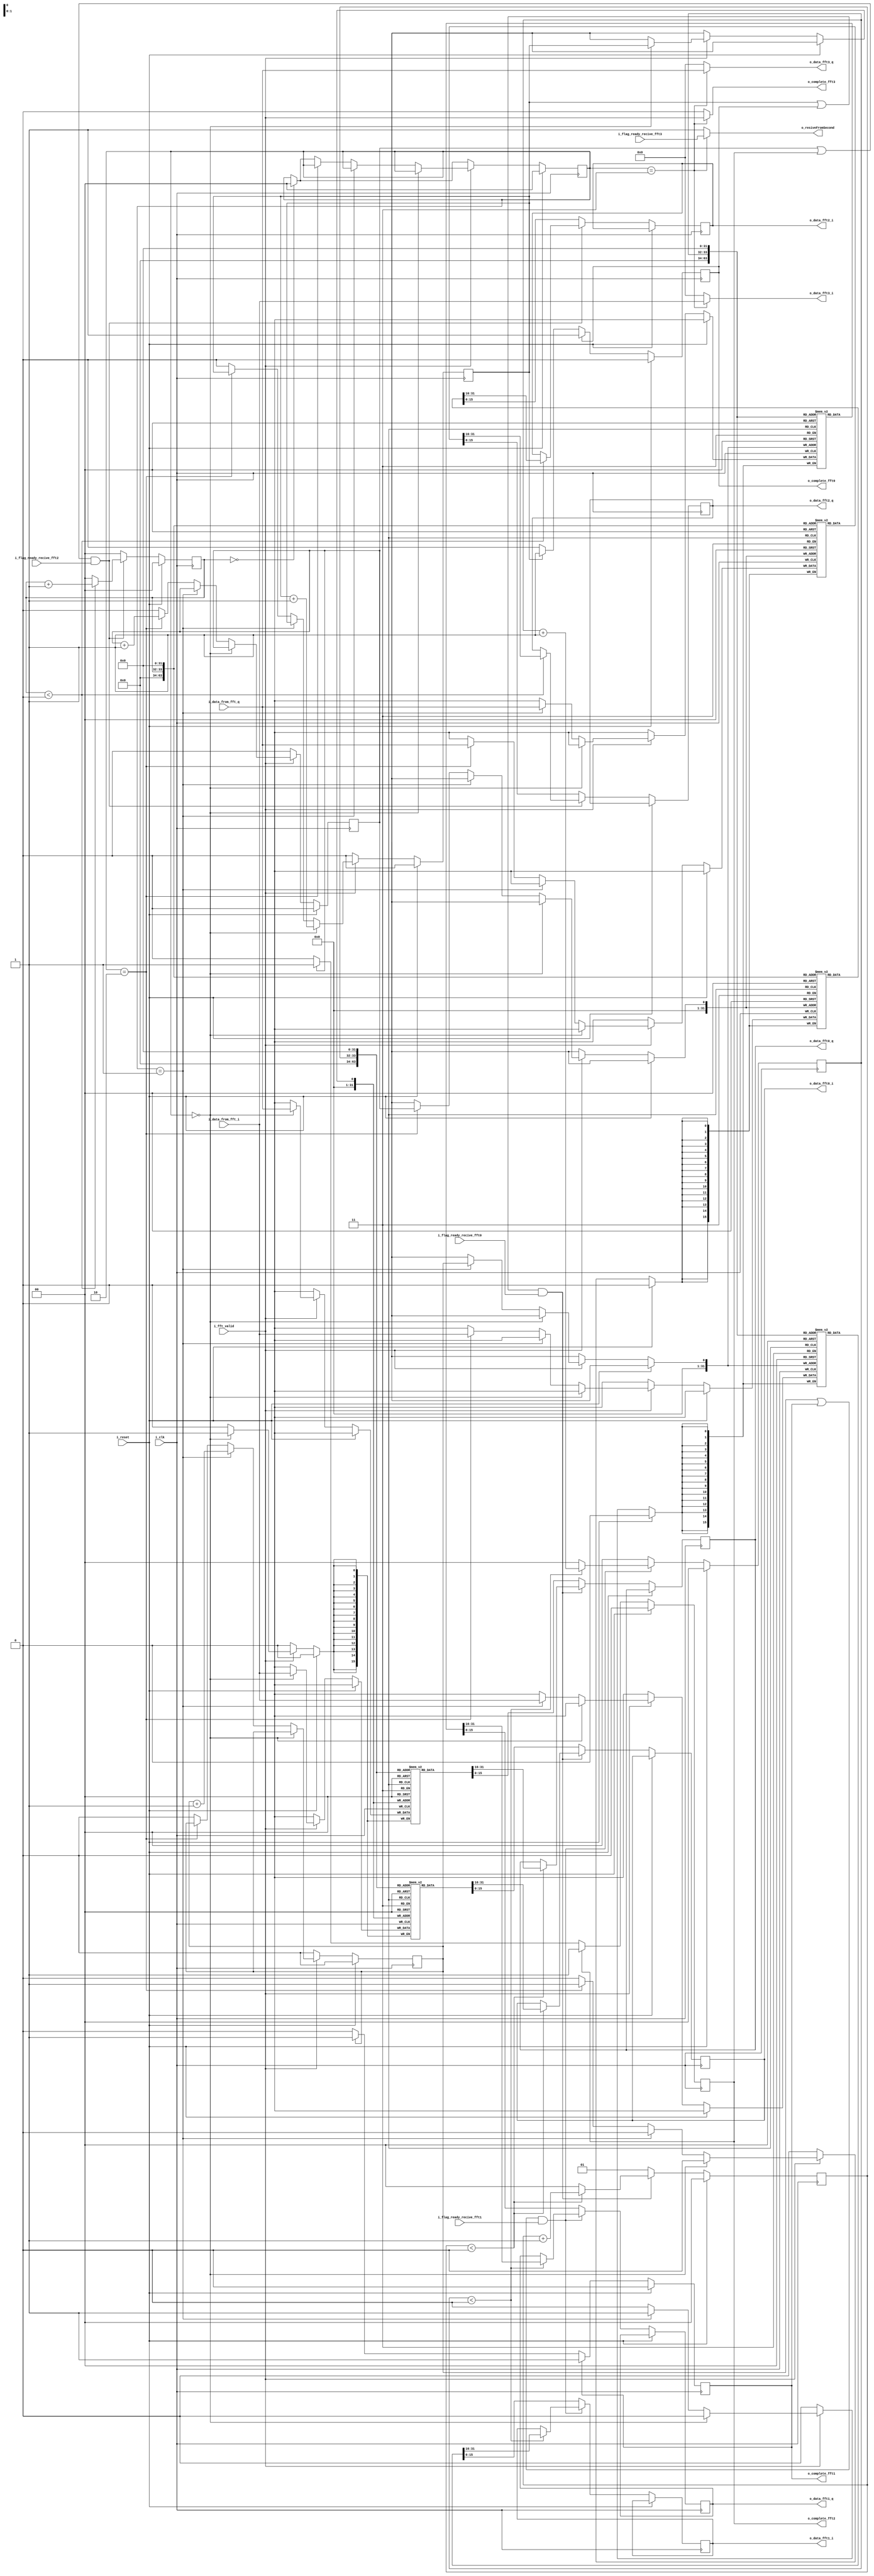
`timescale 1ns / 1ps
//////////////////////////////////////////////////////////////////////////////////
// Company: 
// Engineer: 
// 
// Design Name: 
// Module Name: interconnect_sFFT_to_two_data
// Project Name: 
// Target Devices: 
// Tool Versions: 
// Description: 
// 
// Dependencies: 
// 
// Revision:
// Revision 0.01 - File Created
// Additional Comments:
// 
//////////////////////////////////////////////////////////////////////////////////


module interconnect_sFFT_to_four_data #( parameter SIZE_BUFFER = 1,/*log2(NFFT)*/
                                        parameter DATA_FFT_SIZE = 16
                                    )
    (
        i_clk,
        i_reset,
        i_fft_valid,
        i_data_from_fft_i,
        i_data_from_fft_q,
        
        i_flag_ready_recive_fft0,
        i_flag_ready_recive_fft1,
        i_flag_ready_recive_fft2,
        i_flag_ready_recive_fft3,
        
        o_data_fft0_i,
        o_data_fft0_q,
        o_data_fft1_i,
        o_data_fft1_q,
        o_data_fft2_i,
        o_data_fft2_q,
        o_data_fft3_i,
        o_data_fft3_q,
        
        o_complete_fft0,
        o_complete_fft1,
        o_complete_fft2,
        o_complete_fft3,
        o_resiveFromSecond
    );
    
    input i_clk;
    input i_reset;
    input i_fft_valid;
    input [DATA_FFT_SIZE-1:0] i_data_from_fft_i;
    input [DATA_FFT_SIZE-1:0] i_data_from_fft_q;
    
    input i_flag_ready_recive_fft0;
    input i_flag_ready_recive_fft1;
    input i_flag_ready_recive_fft2;
    input i_flag_ready_recive_fft3;
    
    output reg [DATA_FFT_SIZE-1:0] o_data_fft0_i;
    output reg [DATA_FFT_SIZE-1:0] o_data_fft0_q;
    output reg [DATA_FFT_SIZE-1:0] o_data_fft1_i;
    output reg [DATA_FFT_SIZE-1:0] o_data_fft1_q;
    output reg [DATA_FFT_SIZE-1:0] o_data_fft2_i;
    output reg [DATA_FFT_SIZE-1:0] o_data_fft2_q;
    output [DATA_FFT_SIZE-1:0] o_data_fft3_i;
    output [DATA_FFT_SIZE-1:0] o_data_fft3_q;
    
    output reg o_complete_fft0;
    output reg o_complete_fft1;
    output reg o_complete_fft2;
    output o_complete_fft3;
    output o_resiveFromSecond;
    
    initial o_complete_fft0 = 0;
    initial o_complete_fft1 = 0;
    initial o_complete_fft2 = 0;
    
    
    localparam NFFT = 1 << SIZE_BUFFER;
    
    reg [DATA_FFT_SIZE-1:0] data_from_fft0_i[NFFT/4-1:0];
    reg [DATA_FFT_SIZE-1:0] data_from_fft0_q[NFFT/4-1:0];
    reg [DATA_FFT_SIZE-1:0] data_from_fft1_i[NFFT/4-1:0];
    reg [DATA_FFT_SIZE-1:0] data_from_fft1_q[NFFT/4-1:0];
    reg [DATA_FFT_SIZE-1:0] data_from_fft2_i[NFFT/4-1:0];
    reg [DATA_FFT_SIZE-1:0] data_from_fft2_q[NFFT/4-1:0];
    
//    reg left_data = 1'b1;
    reg [SIZE_BUFFER:0] counter_send0 = 0;
    reg [SIZE_BUFFER:0] counter_send1 = 0;
    reg [SIZE_BUFFER:0] counter_send2 = 0;
    reg [SIZE_BUFFER-1:0] counter_resive0 = 0;
    reg [SIZE_BUFFER-1:0] counter_resive1 = 0;
    reg [SIZE_BUFFER-1:0] counter_resive2 = 0;
    
    reg [1:0] path = 2'b00;
    
//    assign complete_Nchet = left_data ? 0 : fft_valid;
//    assign data_fft_Nchet_i = left_data ? 0 : data_from_fft_i;
//    assign data_fft_Nchet_q = left_data ? 0 : data_from_fft_q;

    assign o_complete_fft3 = path == 2'b11 ? i_fft_valid : 0;
    assign o_data_fft3_i = path == 2'b11 ? i_data_from_fft_i : 0;
    assign o_data_fft3_q = path == 2'b11 ? i_data_from_fft_q : 0;
    
//    assign resiveFromSecond = left_data ? 1 : flag_ready_recive_Nchet;
    assign o_resiveFromSecond = path == 2'b11 ? i_flag_ready_recive_fft3 : 1;

    
    always @(posedge i_clk)
    begin : sendDataFFT_0
        if(i_reset)
        begin
            o_complete_fft0 <= 0;
            counter_send0 <= 0;
        end
        else
        begin
            if(((counter_resive0 == 1) | o_complete_fft0) & i_flag_ready_recive_fft0)
            begin
                if(counter_send0 < (NFFT/4))    counter_send0 <= counter_send0 + 1;
                else                            counter_send0 <= 0;
                if(counter_send0 < (NFFT/4))    o_data_fft0_i <= data_from_fft0_i[counter_send0];
                if(counter_send0 < (NFFT/4))    o_data_fft0_q <= data_from_fft0_q[counter_send0];
                
            end
            else
            begin
                //       FFT          
                counter_send0 <= 1;
                o_data_fft0_i <= data_from_fft0_i[0];
                o_data_fft0_q <= data_from_fft0_q[0];
            end
            
            if(o_complete_fft0 == 1'b0)
            begin
                if(counter_resive0 == 1)    o_complete_fft0 <= 1;
            end
            else if((counter_send0 == (NFFT/4-1)) & i_flag_ready_recive_fft0)  o_complete_fft0 <= 0;
        end
    end
    
    always @(posedge i_clk)
    begin : sendDataFFT_1
        if(i_reset)
        begin
            o_complete_fft1 <= 0;
            counter_send1 <= 0;
        end
        else
        begin
            if(((counter_resive1 == 1) | o_complete_fft1) & i_flag_ready_recive_fft1)
            begin
                if(counter_send1 < (NFFT/4))    counter_send1 <= counter_send1 + 1;
                else                            counter_send1 <= 0;
                if(counter_send1 < (NFFT/4))    o_data_fft1_i <= data_from_fft1_i[counter_send1];
                if(counter_send1 < (NFFT/4))    o_data_fft1_q <= data_from_fft1_q[counter_send1];
                
            end
            else
            begin
                //       FFT          
                counter_send1 <= 0;
                o_data_fft1_i <= data_from_fft1_i[0];
                o_data_fft1_q <= data_from_fft1_q[0];
            end
            
            if(o_complete_fft1 == 1'b0)
            begin
                if(counter_resive1 == 1)    o_complete_fft1 <= 1;
            end
            else if((counter_send1 == (NFFT/4-1)) & i_flag_ready_recive_fft1)  o_complete_fft1 <= 0;
        end
    end
    
    always @(posedge i_clk)
    begin : sendDataFFT_2
        if(i_reset)
        begin
            o_complete_fft2 <= 0;
            counter_send2 <= 0;
        end
        else
        begin
            if(((counter_resive2 == 1) | o_complete_fft2) & i_flag_ready_recive_fft2)
            begin
                if(counter_send2 < (NFFT/4))    counter_send2 <= counter_send2 + 1;
                else                            counter_send2 <= 0;
                if(counter_send2 < (NFFT/4))    o_data_fft2_i <= data_from_fft2_i[counter_send2];
                if(counter_send2 < (NFFT/4))    o_data_fft2_q <= data_from_fft2_q[counter_send2];
                
            end
            else
            begin
                //       FFT          
                counter_send2 <= 0;
                o_data_fft2_i <= data_from_fft2_i[0];
                o_data_fft2_q <= data_from_fft2_q[0];
            end
            
            if(o_complete_fft2 == 1'b0)
            begin
                if(counter_resive2 == 1)    o_complete_fft2 <= 1;
            end
            else if((counter_send2 == (NFFT/4-1)) & i_flag_ready_recive_fft2)  o_complete_fft2 <= 0;
        end
    end
    
    always @(posedge i_clk)
    begin
        if(i_reset)
        begin
//            left_data <= 1'b1;
            path <= 2'b00;
            counter_resive0 <= 0;
            counter_resive1 <= 0;
            counter_resive2 <= 0;
        end
        else if(i_fft_valid)
        begin
            if(path == 2'b00)
            begin
                data_from_fft0_i[counter_resive0] <= i_data_from_fft_i;
                data_from_fft0_q[counter_resive0] <= i_data_from_fft_q;
                counter_resive0 <= counter_resive0 + 1;
                if(counter_resive0 == (NFFT/4-1))
                begin
                    path <= 2'b01;
                    counter_resive0 <= 0;
                end
            end
            else if(path == 2'b01)
            begin
                data_from_fft1_i[counter_resive1] <= i_data_from_fft_i;
                data_from_fft1_q[counter_resive1] <= i_data_from_fft_q;
                counter_resive1 <= counter_resive1 + 1;
                if(counter_resive1 == (NFFT/4-1))
                begin
                    path <= 2'b10;
                    counter_resive1 <= 0;
                end
            end
            else if(path == 2'b10)
            begin
                data_from_fft2_i[counter_resive2] <= i_data_from_fft_i;
                data_from_fft2_q[counter_resive2] <= i_data_from_fft_q;
                counter_resive2 <= counter_resive2 + 1;
                if(counter_resive2 == (NFFT/4-1))
                begin
                    path <= 2'b11;
                    counter_resive2 <= 0;
                end
            end
            
            
            else
            begin
                if((counter_send2 == (NFFT/4)))   path <= 2'b00;
                counter_resive0 <= 0;
                counter_resive1 <= 0;
                counter_resive2 <= 0;
            end
        end
        else
        begin
            if((counter_send2 == (NFFT/4)))   path <= 2'b00;
            counter_resive0 <= 0;
            counter_resive1 <= 0;
            counter_resive2 <= 0;
        end
    end
    
    
endmodule